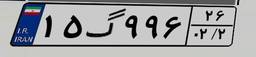
۱۵گ۹۹۶۲۶